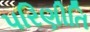
પરિણીતિ